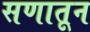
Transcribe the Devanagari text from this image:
सणातून